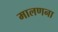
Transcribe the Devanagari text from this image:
मालणना